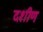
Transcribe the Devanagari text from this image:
दशीण